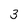
Character: 3